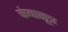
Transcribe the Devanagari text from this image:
कंबासूत्र